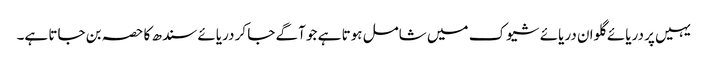
یہیں پر دریائے گلوان دریائے شیوک میں شامل ہوتا ہے جو آگے جا کر دریائے سندھ کا حصہ بن جاتا ہے۔